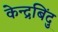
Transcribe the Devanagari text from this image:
केन्द्रबिंदु